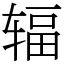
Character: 辐